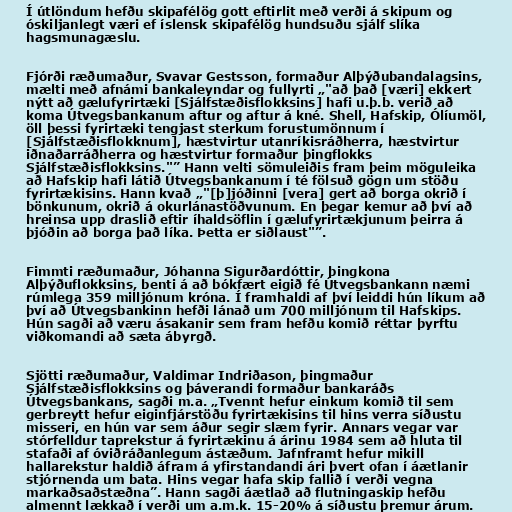
Í útlöndum hefðu skipafélög gott eftirlit með verði á skipum og
óskiljanlegt væri ef íslensk skipafélög hundsuðu sjálf slíka
hagsmunagæslu.

Fjórði ræðumaður, Svavar Gestsson, formaður Alþýðubandalagsins,
mælti með afnámi bankaleyndar og fullyrti „"að það [væri] ekkert
nýtt að gælufyrirtæki [Sjálfstæðisflokksins] hafi u.þ.b. verið að
koma Útvegsbankanum aftur og aftur á kné. Shell, Hafskip, Ólíumöl,
öll þessi fyrirtæki tengjast sterkum forustumönnum í
[Sjálfstæðisflokknum], hæstvirtur utanríkisráðherra, hæstvirtur
iðnaðarráðherra og hæstvirtur formaður þingflokks
Sjálfstæðisflokksins."” Hann velti sömuleiðis fram þeim möguleika
að Hafskip hafi látið Útvegsbankanum í té fölsuð gögn um stöðu
fyrirtækisins. Hann kvað „"[þ]jóðinni [vera] gert að borga okrið í
bönkunum, okrið á okurlánastöðvunum. En þegar kemur að því að
hreinsa upp draslið eftir íhaldsöflin í gælufyrirtækjunum þeirra á
þjóðin að borga það líka. Þetta er siðlaust"”.

Fimmti ræðumaður, Jóhanna Sigurðardóttir, þingkona
Alþýðuflokksins, benti á að bókfært eigið fé Útvegsbankann næmi
rúmlega 359 milljónum króna. Í framhaldi af því leiddi hún líkum að
því að Útvegsbankinn hefði lánað um 700 milljónum til Hafskips.
Hún sagði að væru ásakanir sem fram hefðu komið réttar þyrftu
viðkomandi að sæta ábyrgð.

Sjötti ræðumaður, Valdimar Indriðason, þingmaður
Sjálfstæðisflokksins og þáverandi formaður bankaráðs
Útvegsbankans, sagði m.a. „Tvennt hefur einkum komið til sem
gerbreytt hefur eiginfjárstöðu fyrirtækisins til hins verra síðustu
misseri, en hún var sem áður segir slæm fyrir. Annars vegar var
stórfelldur taprekstur á fyrirtækinu á árinu 1984 sem að hluta til
stafaði af óviðráðanlegum ástæðum. Jafnframt hefur mikill
hallarekstur haldið áfram á yfirstandandi ári þvert ofan í áætlanir
stjórnenda um bata. Hins vegar hafa skip fallið í verði vegna
markaðsaðstæðna”. Hann sagði áætlað að flutningaskip hefðu
almennt lækkað í verði um a.m.k. 15-20% á síðustu þremur árum.